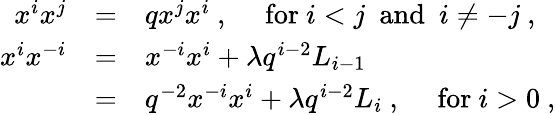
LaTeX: \begin{array}{rcl}{{x^{i}x^{j}}}&{{=}}&{{qx^{j}x^{i}~,~~~~~\mathrm{for}~i<j~~\mathrm{and}~~i\not=-j~,}}\\ {{x^{i}x^{-i}}}&{{=}}&{{x^{-i}x^{i}+\lambda q^{i-2}L_{i-1}}}\\ {{}}&{{=}}&{{q^{-2}x^{-i}x^{i}+\lambda q^{i-2}L_{i}~,~~~~~\mathrm{for}~i>0~,}}\end{array}